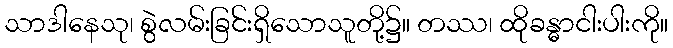
သာဒါနေသု၊ စွဲလမ်းခြင်းရှိသောသူတို့၌။ တဿ၊ ထိုခန္ဓာငါးပါးကို။